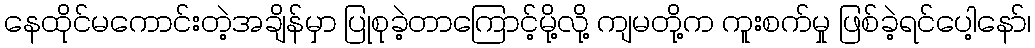
နေထိုင်မကောင်းတဲ့အချိန်မှာ ပြုစုခဲ့တာကြောင့်မို့လို့ ကျမတို့က ကူးစက်မှု ဖြစ်ခဲ့ရင်ပေါ့နော်၊